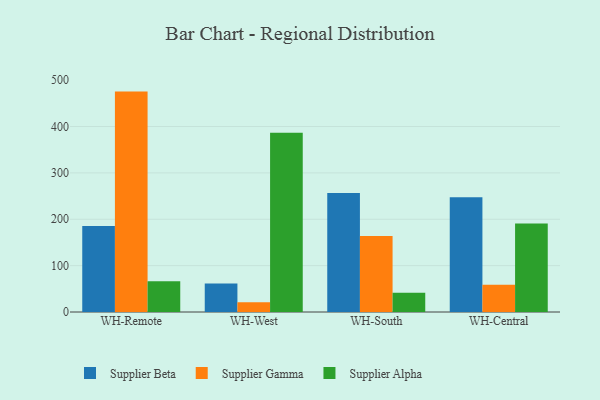
{"axis": {"x": "Warehouse", "y": "Production Output"}, "legend": ["Supplier Alpha", "Supplier Beta", "Supplier Gamma"], "data": [{"x": "WH-Remote", "y": 185.6, "type": "Supplier Beta"}, {"x": "WH-Remote", "y": 475.3, "type": "Supplier Gamma"}, {"x": "WH-Remote", "y": 66.4, "type": "Supplier Alpha"}, {"x": "WH-West", "y": 61.5, "type": "Supplier Beta"}, {"x": "WH-West", "y": 21.2, "type": "Supplier Gamma"}, {"x": "WH-West", "y": 386.4, "type": "Supplier Alpha"}, {"x": "WH-South", "y": 256.5, "type": "Supplier Beta"}, {"x": "WH-South", "y": 164.0, "type": "Supplier Gamma"}, {"x": "WH-South", "y": 41.7, "type": "Supplier Alpha"}, {"x": "WH-Central", "y": 247.2, "type": "Supplier Beta"}, {"x": "WH-Central", "y": 58.6, "type": "Supplier Gamma"}, {"x": "WH-Central", "y": 190.9, "type": "Supplier Alpha"}]}